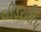
લીડરશિપ